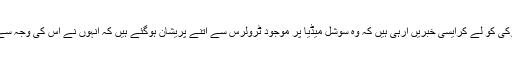
وہیں حال ہی میں وکی کو لے کرایسی خبریں آرہی ہیں کہ وہ سوشل میڈیا پر موجود ٹرولرس سے اتنے پریشان ہوگئے ہیں کہ انہوں نے اس کی وجہ سے بڑا قدم اٹھایا ہے۔